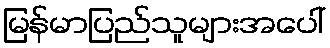
မြန်မာပြည်သူများအပေါ်